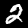
Digit: 2